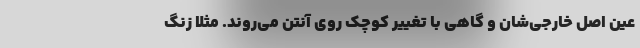
عین اصل خارجی‌شان و گاهی با تغییر کوچک روی آنتن می‌روند. مثلا زنگ